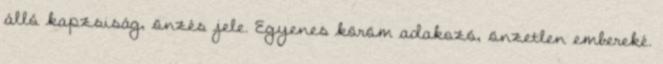
álló kapzsiság, önzés jele. Egyenes köröm adakozó, önzetlen embereké.